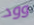
وود